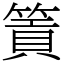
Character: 篢